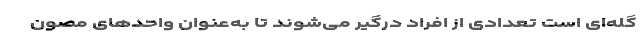
گله‌ای است تعدادی از افراد درگیر ‌می‌شوند تا به‌عنوان واحدهای مصون